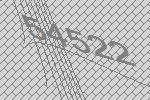
54522